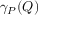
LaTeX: \gamma _ { P } ( Q )